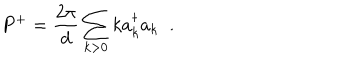
P ^ { + } = \frac { 2 \pi } { d } \sum _ { k > 0 } k a _ { k } ^ { \dagger } a _ { k } \; \; .